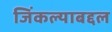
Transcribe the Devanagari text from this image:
जिंकल्याबद्दल